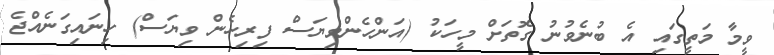
ވީމާ މަތީގައި އެ ބުނެވުނު ގޮތަށް މީހަކު (އަންހެންވިޔަސް ފިރިހެން ވިޔަސް) ހިނައިގަނެއްޖެ